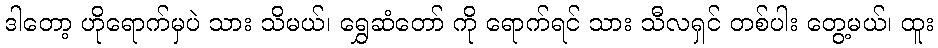
ဒါတော့ ဟိုရောက်မှပဲ သား သိမယ်၊ ရွှေဆံတော် ကို ရောက်ရင် သား သီလရှင် တစ်ပါး တွေ့မယ်၊ ထူး